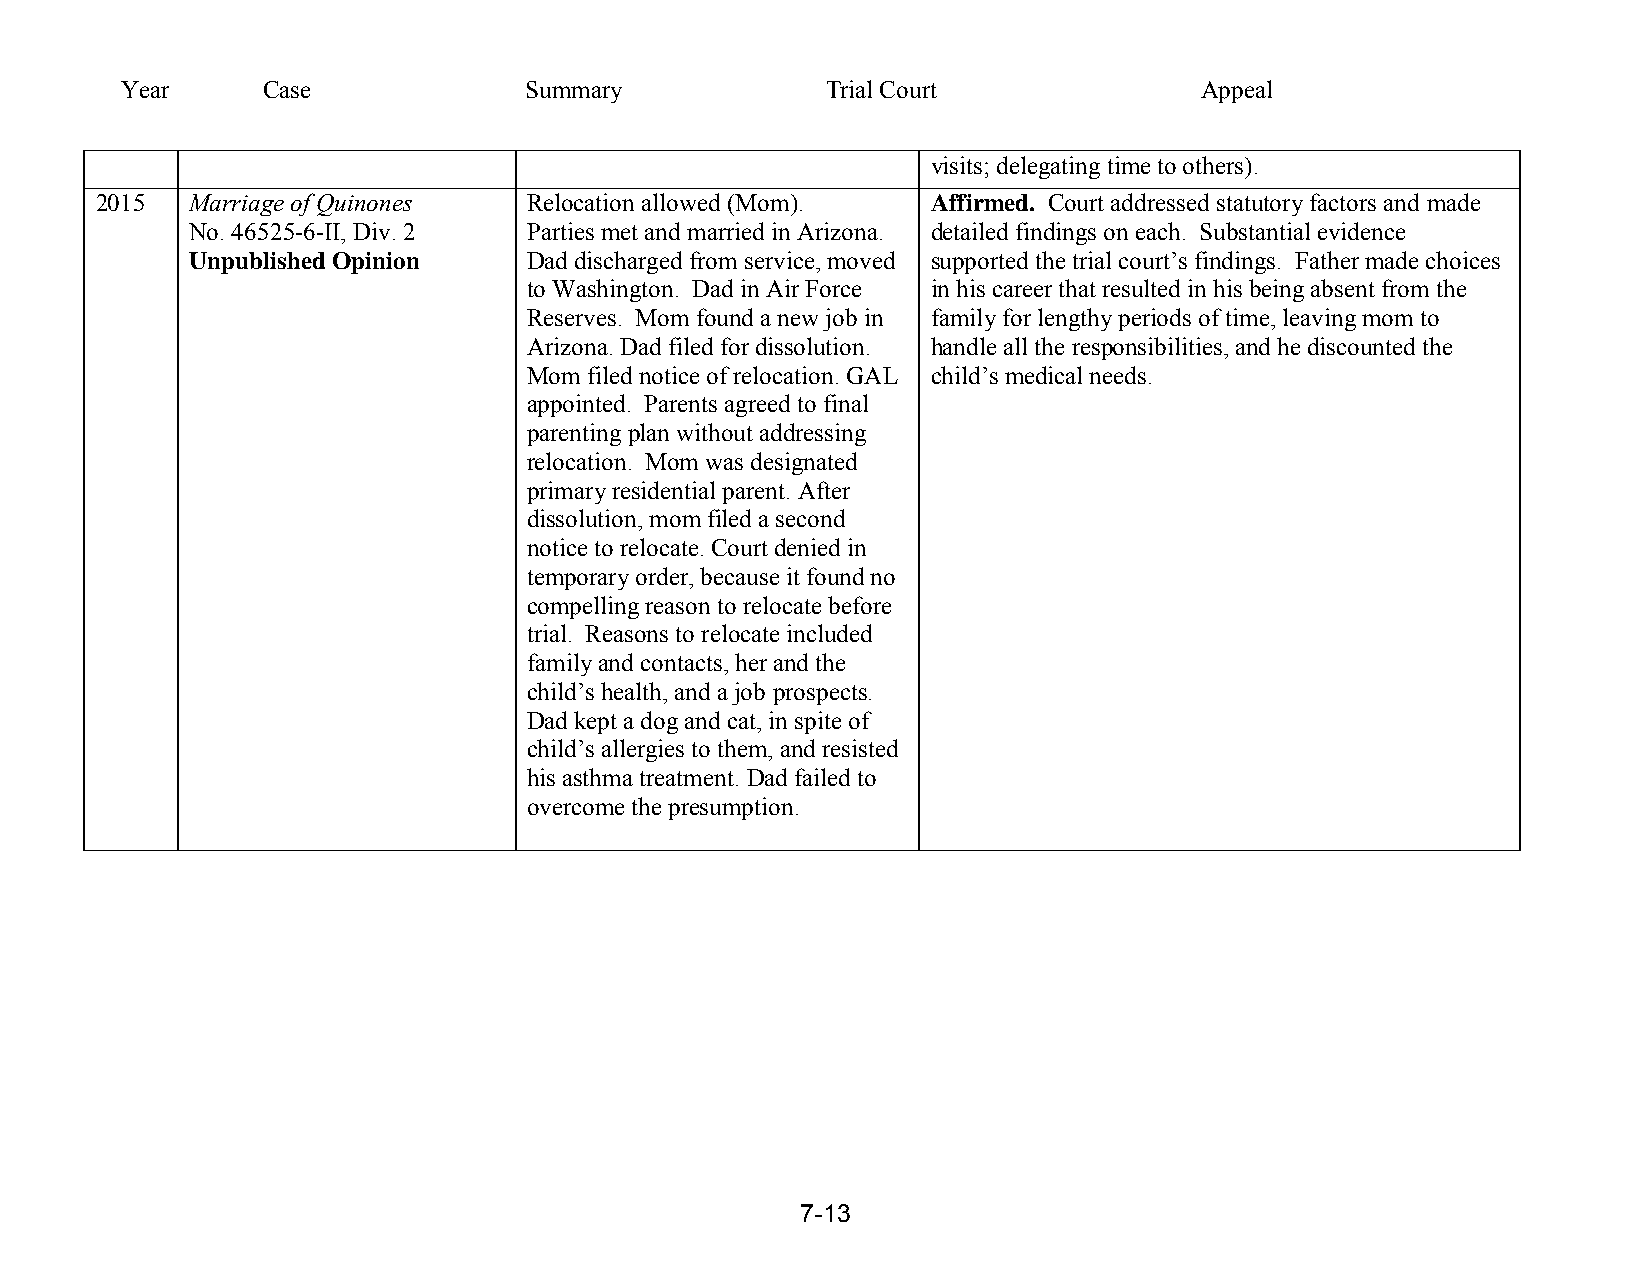
Year     Case              Summary             Trial Court             Appeal
 visits; delegating time to others).
 2015   Marriage of Quinones  Relocation allowed (Mom).  Affirmed. Court addressed statutory factors and made
 No. 46525-6-II, Div. 2 Parties met and married in Arizona. detailed findings on each. Substantial evidence
 Unpublished Opinion   Dad discharged from service, moved supported the trial court’s findings. Father made choices
 to Washington. Dad in Air Force in his career that resulted in his being absent from the
 Reserves. Mom found a new job in family for lengthy periods of time, leaving mom to
 Arizona. Dad filed for dissolution. handle all the responsibilities, and he discounted the
 Mom filed notice of relocation. GAL child’s medical needs.
 appointed. Parents agreed to final
 parenting plan without addressing
 relocation. Mom was designated
 primary residential parent. After
 dissolution, mom filed a second
 notice to relocate. Court denied in
 temporary order, because it found no
 compelling reason to relocate before
 trial. Reasons to relocate included
 family and contacts, her and the
 child’s health, and a job prospects.
 Dad kept a dog and cat, in spite of
 child’s allergies to them, and resisted
 his asthma treatment. Dad failed to
 overcome the presumption.
 7-13